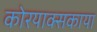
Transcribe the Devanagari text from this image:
कोरयाक्सकाया